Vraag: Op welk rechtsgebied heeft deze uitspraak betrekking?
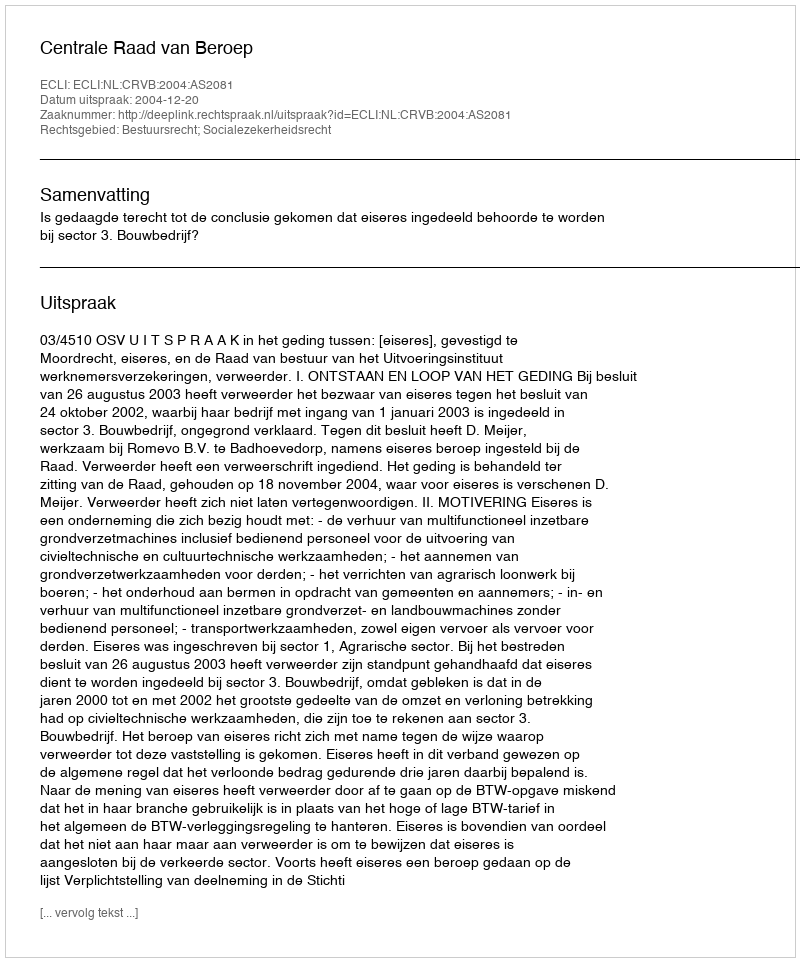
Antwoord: Bestuursrecht; Socialezekerheidsrecht